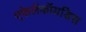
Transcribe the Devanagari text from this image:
एफेलेंकॉयडिस